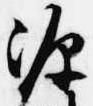
源